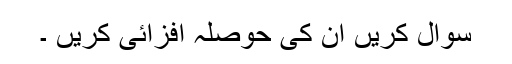
سوال کریں ان کی حوصلہ افزائی کریں ۔